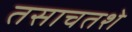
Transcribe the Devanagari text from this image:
तसाचतशे